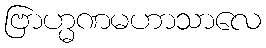
ဗြာဟ္မဏမဟာသာလေ